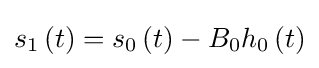
s_{1}\left(t\right)=s_{0}\left(t\right)-B_{0}h_{0}\left(t\right)